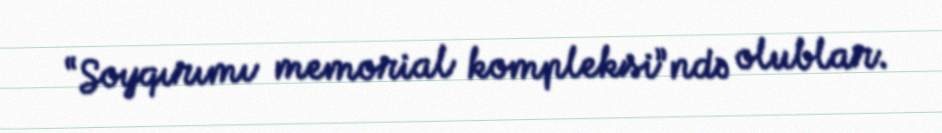
“Soyqırımı memorial kompleksi”ndə olublar.